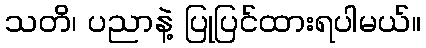
သတိ၊ ပညာနဲ့ ပြုပြင်ထားရပါမယ်။